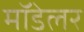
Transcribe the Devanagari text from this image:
मॉडेलर